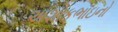
અશોકભાઇનો